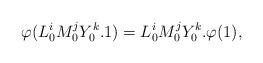
LaTeX: \begin{align*}\varphi(L_0^iM_0^jY_0^k. 1) =L_0^iM_0^jY_0^k.\varphi(1),\end{align*}